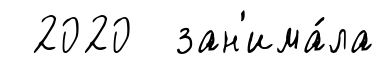
2020 зан'има́ла